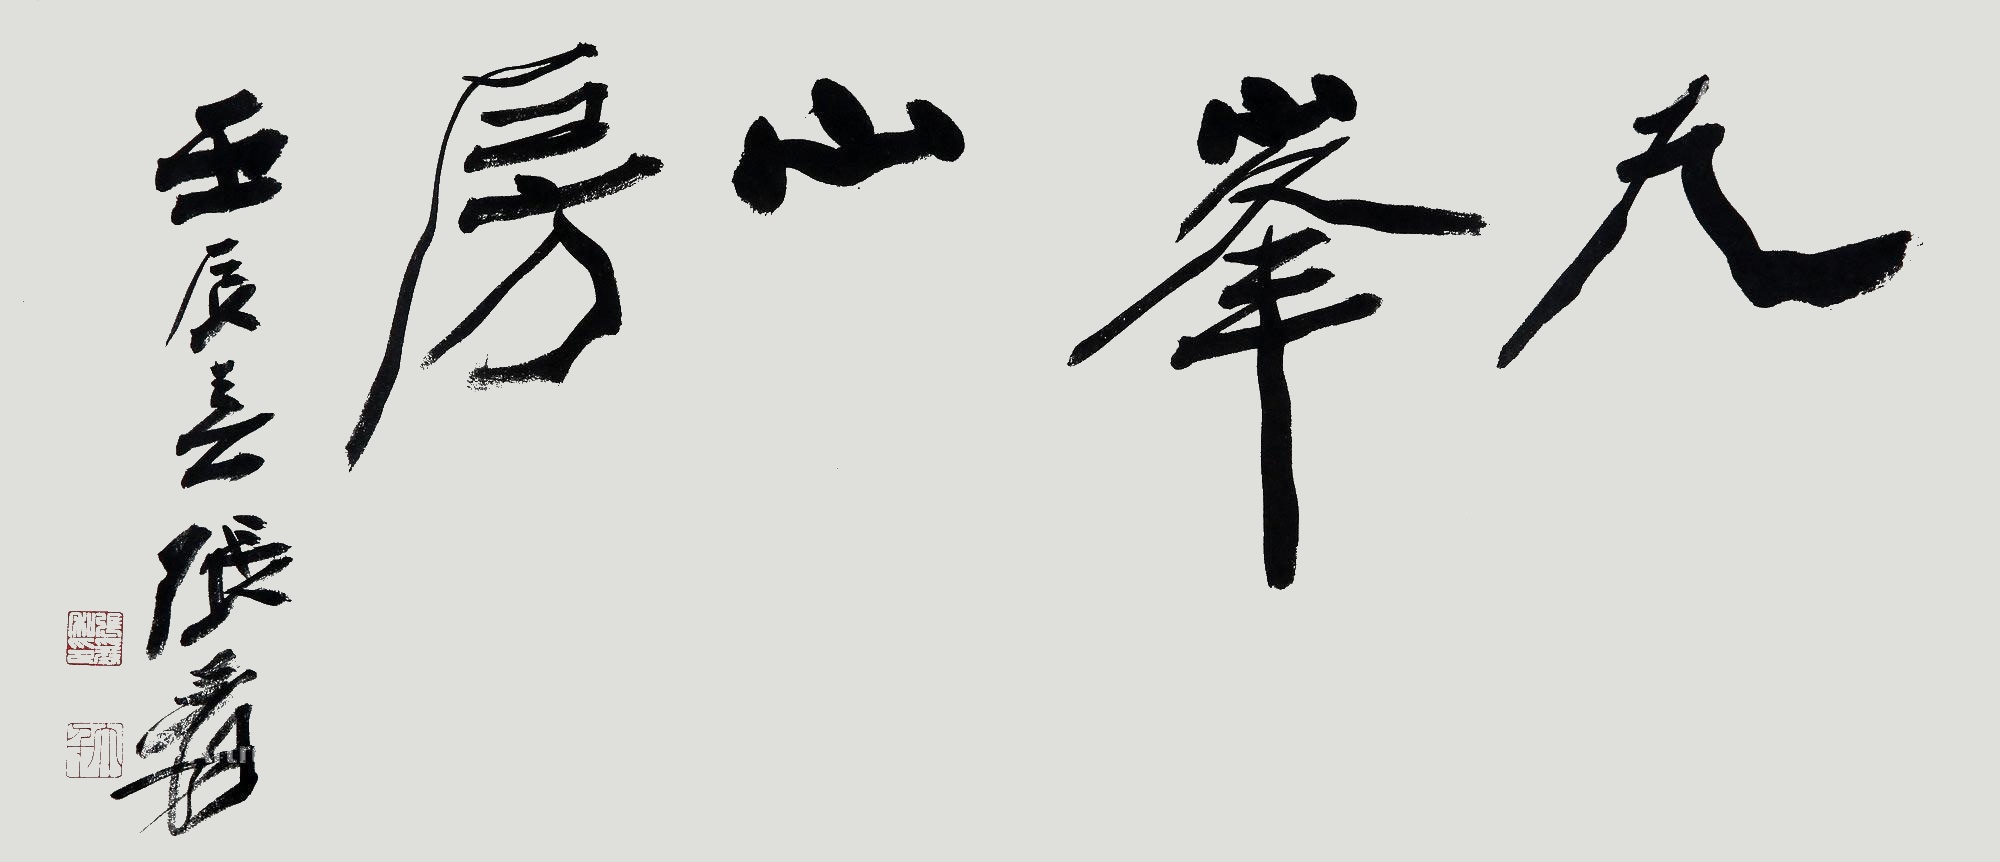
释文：九峰山房壬辰春张爰。